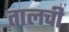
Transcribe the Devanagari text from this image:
तालची